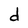
Character: d